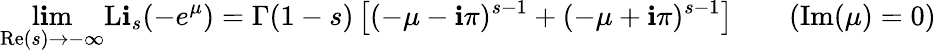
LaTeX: \operatorname*{l\mathbf{i}m}_{\operatorname{Re}(s)\to-\infty}\operatorname{L\mathbf{i}}_{s}(-e^{\mu})=\Gamma(1-s)\left[(-\mu-\mathbf{i}\pi)^{s-1}+(-\mu+\mathbf{i}\pi)^{s-1}\right]\qquad(\operatorname{Im}(\mu)=0)